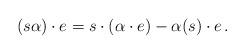
LaTeX: \begin{align*} (s\alpha) \cdot e = s \cdot (\alpha \cdot e) - \alpha(s) \cdot e\,.\end{align*}